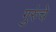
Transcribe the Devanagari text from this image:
गुरुंचे